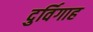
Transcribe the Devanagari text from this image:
दुर्विगाह